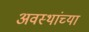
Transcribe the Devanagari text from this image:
अवस्थांच्या